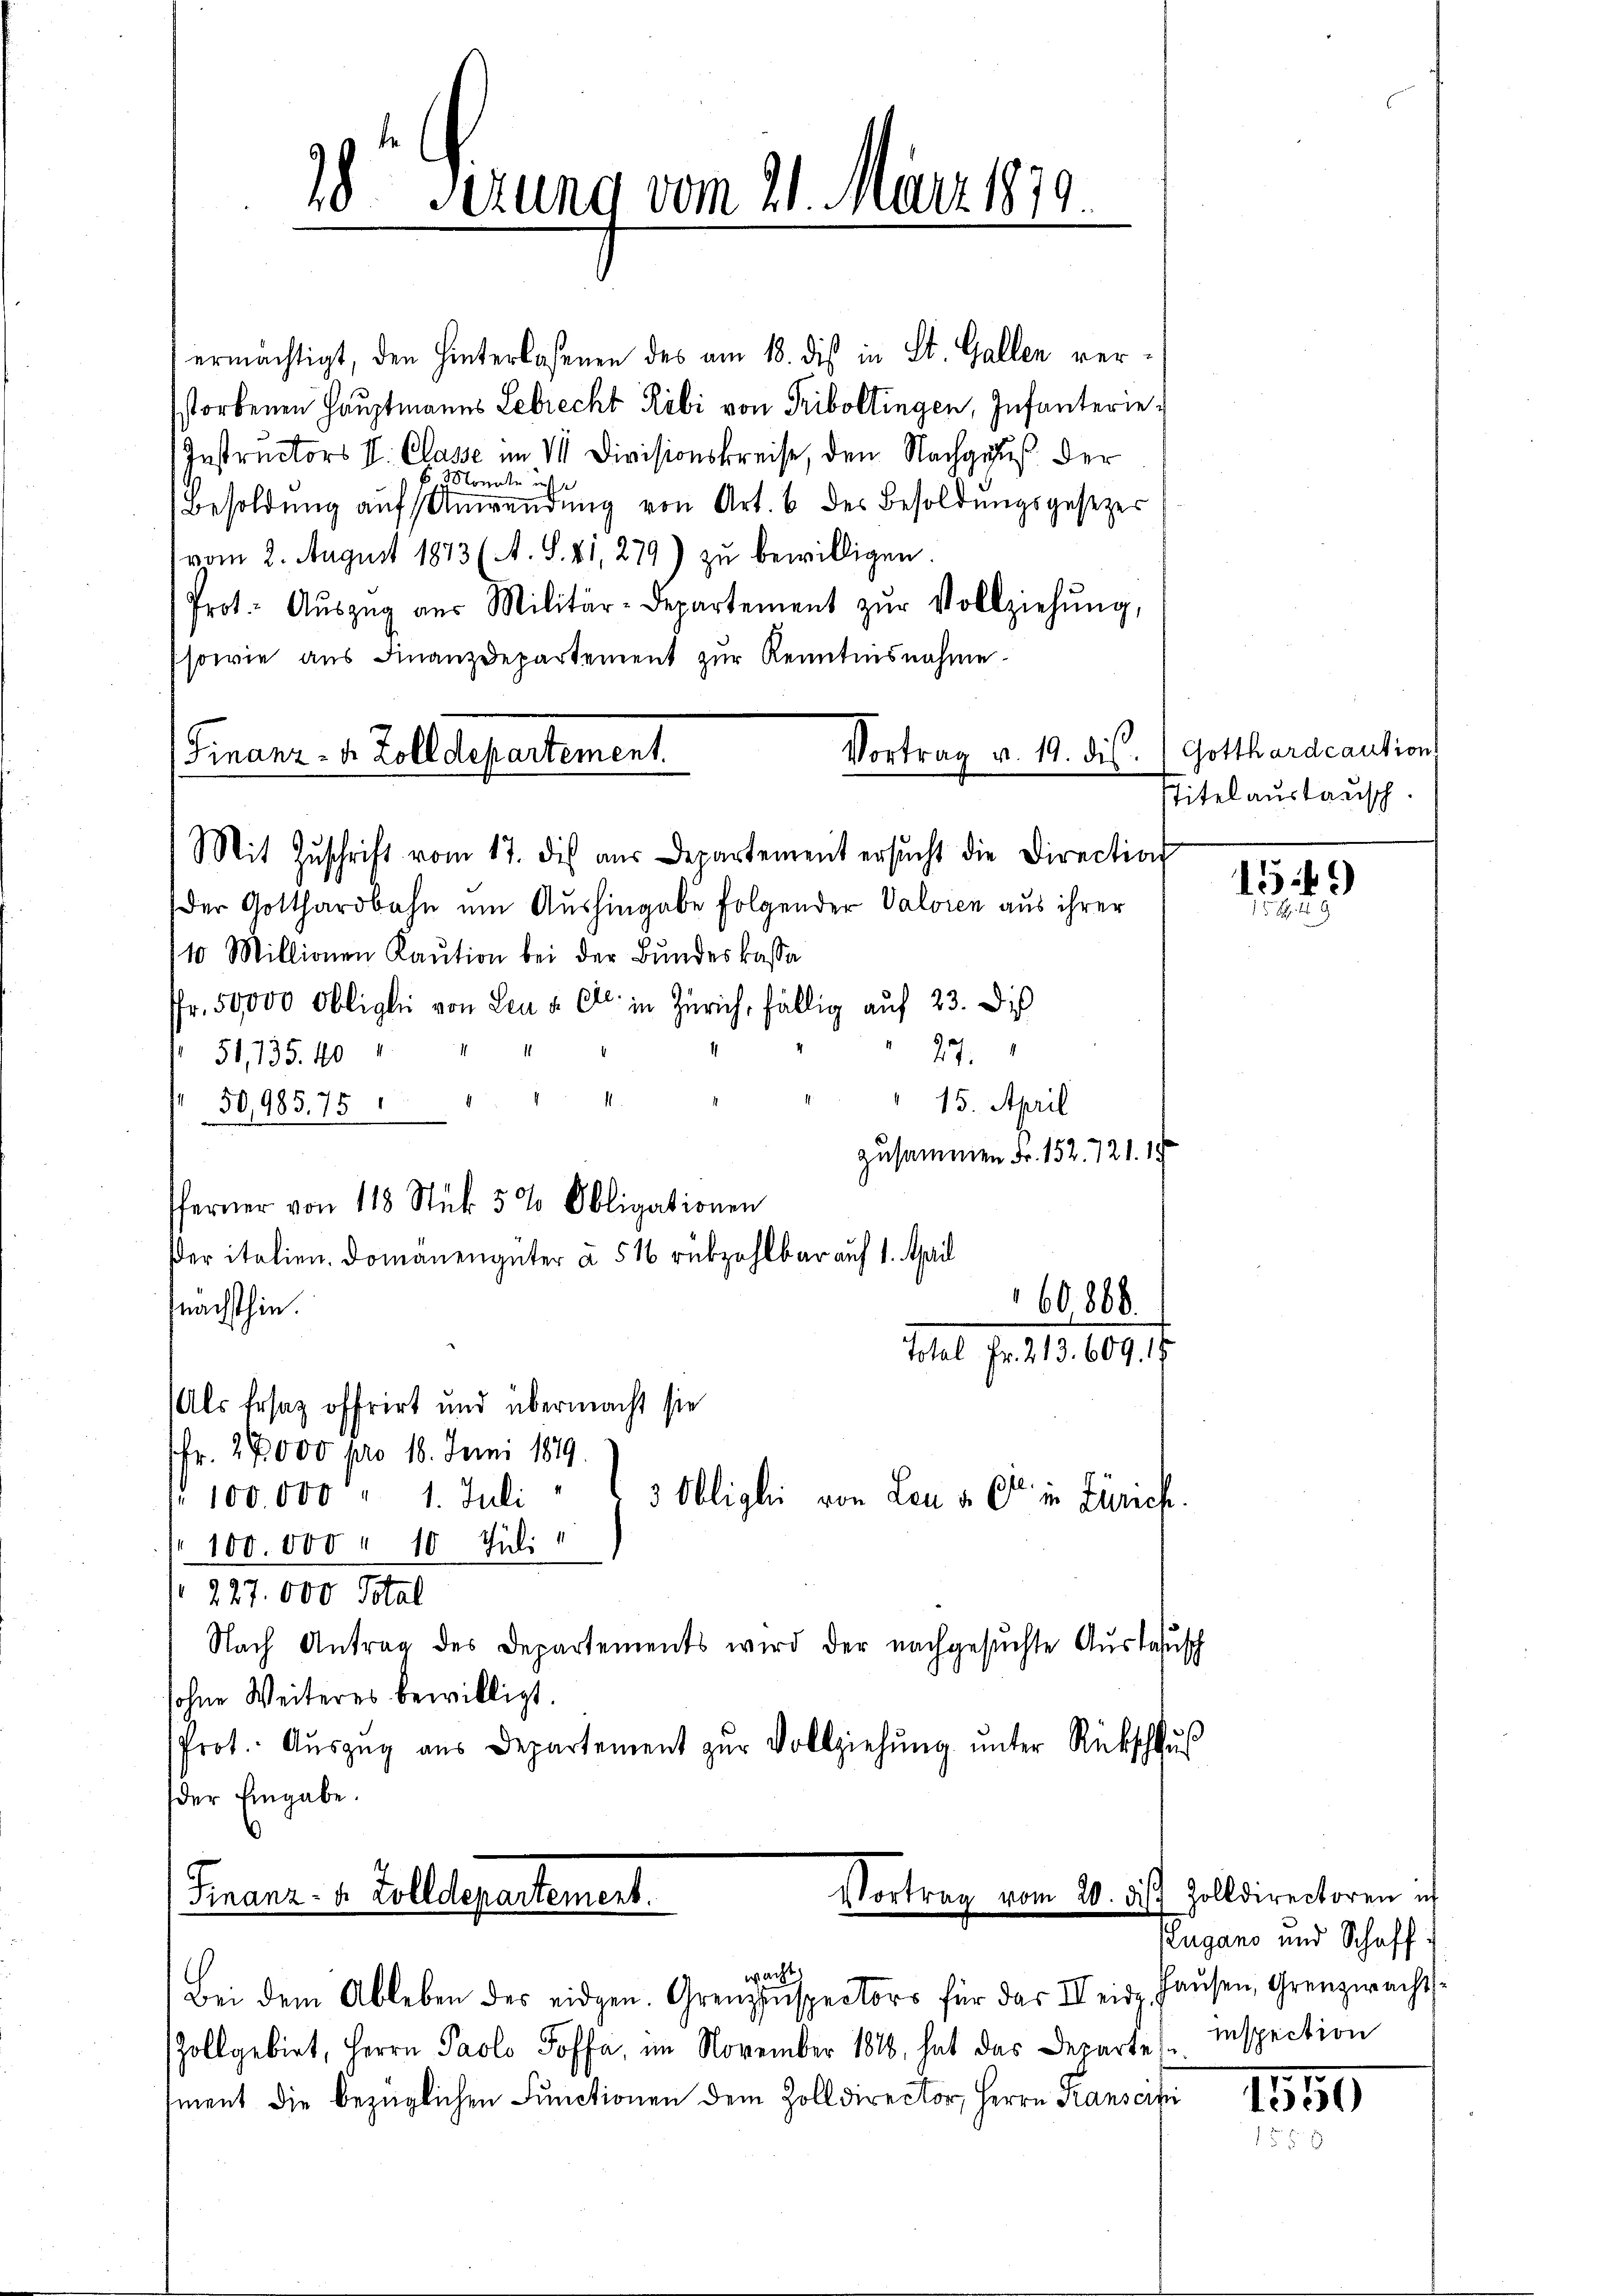
ermächtigt, den Hinterlaßenen des am 18. dis in St. Gallen verstorbenen Hauptmanns Lebrecht Ribi von Triboltingen, Infanterie¬
Instructors II. Classe im VII Divisionskreise, den Nachgaus der
Monate
Besoldung auf Anwendung von Art. 6 des Besoldungsgesezes
vom 2. August 1873 (A. S. 41, 279) zu bewilligen
Prot. Aŭszŭg aŭs Militär-Departement zŭr Vollziehŭng,
(sowie aus Finanzdepartement zŭr Kenntnisnahme.
Vortrag u. 19. dis
Finanz- u. Zolldepartement.

Mit Zŭschrift vom 17. dis aus Departement ersŭcht die Direction

28 Serung vom 21. Mir bis

Finanz- u. Zolldepartement.

Pferner von 118 Stük 5% Obligationen

60,868.
l. pr. 15. 609.

wacht,

Der Gotthardbahn um Aushingabe folgender Valvien aus ihrer
10 Millionen Kaŭtion bei der Bundeskassa
ffr. 50,000 Obligle von Leu u. Cl. in Zürich, fällig auf 23. Di
51, 135. 401
27.
.
15. April
50,985. 751
zusammen Fr. 152. 721. 19
ßer italien. Domänengüter à 516 rükzahlbar auf 1. April
snachsthin.
Als Ersaz offrirt und übermacht sie
7fr. 28000 pro 18. Juni 1819.
 100.000 " 1. Juli
3 Obligli von Leu v. Et in Zürich.
" 100.000 " 10 Juli
227.000 Total
Nach Antrag des Departements wird der nachgesŭchte Aŭslassch
sohne Weiteres bewilligt.
Prot. Aŭszŭg aŭs Departement zŭr Vollziehŭng ŭnter Rückschlŭs
der Eingabe.

Vortrag vom 20. ds. Zolldirectoren ich

Gotthardcaution
stitel austausch.

Bei dem Ableben des eidgen. Grenzinspectors für das II eid. Haŭsen, Grenzwacht:
Zollgebiet, Herrn Paolo Toffa, im November 1818, hat das Departe
sment die bezüglichen Functionen dem Zolldirector, Herrn Kansarti

Pugano und Schaff
inspection

15)
u

7550